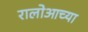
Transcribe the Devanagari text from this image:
रालोआच्या